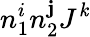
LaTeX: n_{1}^{i}n_{2}^{\mathbf{j}}J^{\mathit{k}}